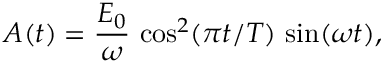
A ( t ) = \frac { E _ { 0 } } { \omega } \, \cos ^ { 2 } ( \pi t / T ) \, \sin ( \omega t ) ,